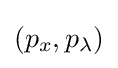
(p_{x},p_{\lambda })